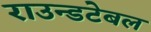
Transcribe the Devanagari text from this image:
राउन्डटेबल